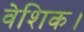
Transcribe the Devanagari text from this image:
वेशिक।